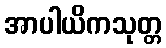
အာပါယိကသုတ္တ